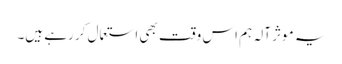
یہ موثر آلہ ہم اس وقت بھی استعمال کر رہے ہیں۔